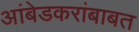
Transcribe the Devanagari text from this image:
आंबेडकरांबाबत